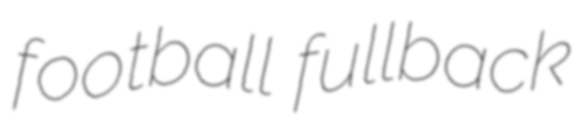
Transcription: football fullback